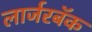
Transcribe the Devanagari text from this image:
लार्जरबॅक